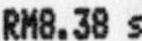
RM8.38 S